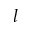
l